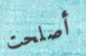
أصلحت